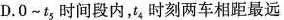
D.O~t_{5}，时间段内，t_{4}时刻两车相距最远